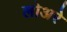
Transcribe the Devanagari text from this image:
लोअरे